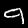
Digit: 9